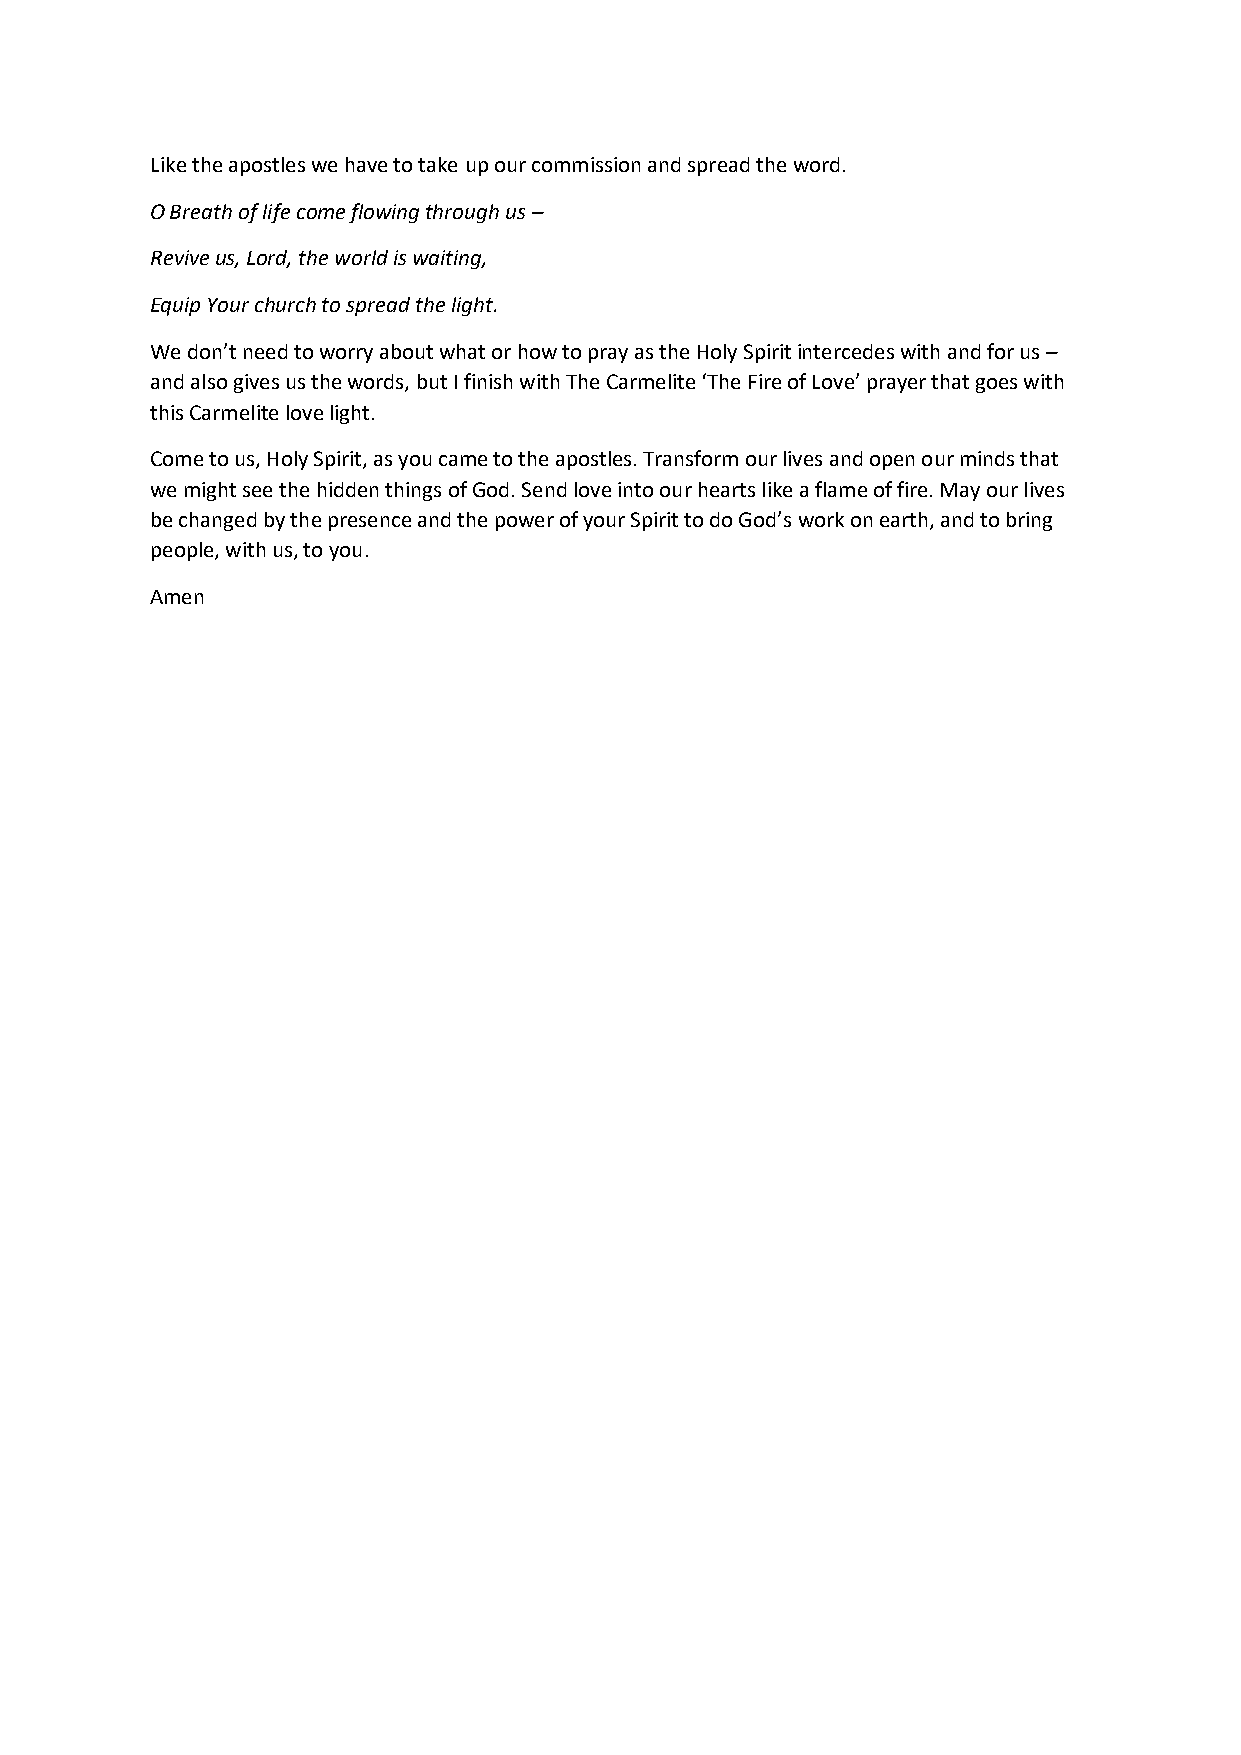
Like the apostles we have to take up our commission and spread the word.
 O Breath of life come flowing through us –
 Revive us, Lord, the world is waiting,
 Equip Your church to spread the light.
 We don’t need to worry about what or how to pray as the Holy Spirit intercedes with and for us –
 and also gives us the words, but I finish with The Carmelite ‘The Fire of Love’ prayer that goes with
 this Carmelite love light.
 Come to us, Holy Spirit, as you came to the apostles. Transform our lives and open our minds that
 we might see the hidden things of God. Send love into our hearts like a flame of fire. May our lives
 be changed by the presence and the power of your Spirit to do God’s work on earth, and to bring
 people, with us, to you.
 Amen